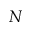
N